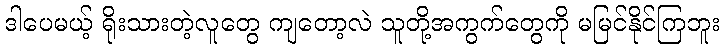
ဒါပေမယ့် ရိုးသားတဲ့လူတွေ ကျတော့လဲ သူတို့အကွက်တွေကို မမြင်နိုင်ကြဘူး